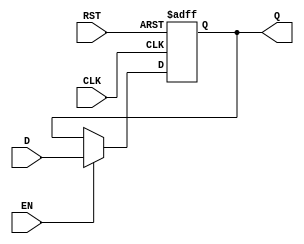
module DataRegister (
    input wire D,      // Data Input
    input wire CLK,    // Clock Input
    input wire EN,     // Enable Input
    input wire RST,    // Reset Input
    output reg Q       // Data Output
);

    // Asynchronous Reset and Synchronous Behavior
    always @(posedge CLK or posedge RST) begin
        if (RST) begin
            Q <= 1'b0;  // Set output to 0 on reset
        end else if (EN) begin
            Q <= D;     // Capture the input data on clock edge if enabled
        end
        // If EN is low, retain previous value of Q
    end

endmodule